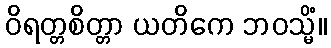
ဝိရတ္တစိတ္တာ ယတိကေ ဘဝသ္မိံ။